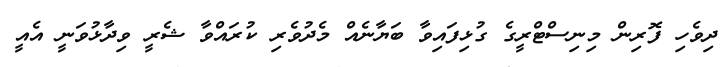
ދިވެހި ފޮރިން މިނިސްޓްރީގެ ގުޅިފައިވާ ބަޔާނެއް މެދުވެރި ކުރައްވާ ޝެރީ ވިދާޅުވަނީ އެއީ